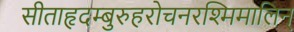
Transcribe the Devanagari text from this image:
सीताहृदम्बुरुहरोचनरश्मिमालिन्